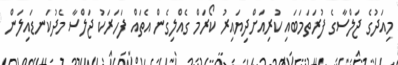
މިއަދުގެ ޖަލްސާގެ ފުރަތަމަބައި ކުރިއަށްދިޔައިރު ކޯރަމް ގެއްލިގެން އެތައް ފަހަރަކު ޖަލްސާ މެދުކަނޑައިލަން